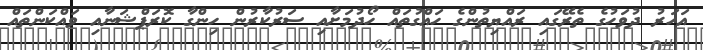
އަހަރު ދުވަހުގެ ތެރޭގައި ރައްޔިތުންގެ ހައްގުތައް ހޯދުމަށާއި ސަރުކާރުން ހިންގާ ކޮރަޕްޝަނާއި ވައްކަންތައް